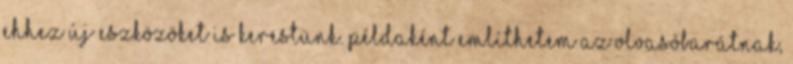
Ehhez új eszközöket is kerestünk. Példaként említhetem az olvasóbarátnak,